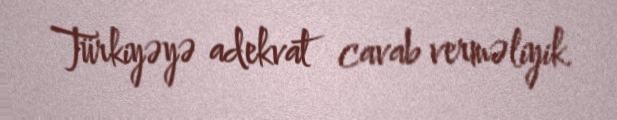
Türkiyəyə adekvat cavab verməliyik.